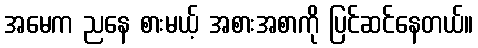
အမေက ညနေ စားမယ့် အစားအစာကို ပြင်ဆင်နေတယ်။